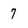
Character: 7